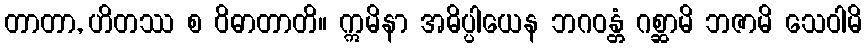
တာတာ, ဟိတဿ စ ဝိဓာတာတိ။ ဣမိနာ အဓိပ္ပါယေန ဘဂဝန္တံ ဂစ္ဆာမိ ဘဇာမိ သေဝါမိ